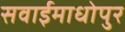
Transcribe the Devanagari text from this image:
सवाईमाधोपुर